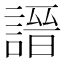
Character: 𧪽